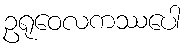
ဥရုဝေလကဿပေါ